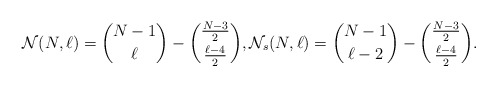
\begin{align*}{\cal{N}}(N,\ell) = { N-1 \choose \ell} -{\frac{N-3}{2} \choose \frac{\ell - 4}{2} },{\cal{N}}_{s}(N,\ell)= {N-1 \choose \ell -2} -{\frac{N-3}{2} \choose \frac{\ell - 4}{2} }. \end{align*}